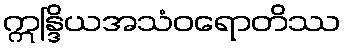
ဣန္ဒြိယအသံဝရောတိဿ